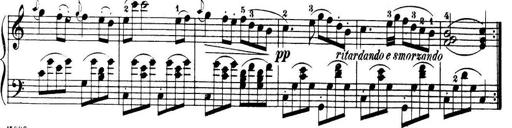
Title: 32 Sonatinas and Rondos for the Piano
Composer: Richard Kleinmichel